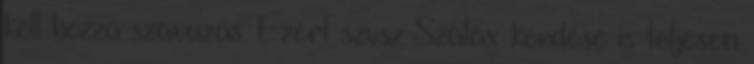
kell hozzá szavazás. Ezért szvsz Szalax kérdése is teljesen